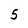
Character: 5